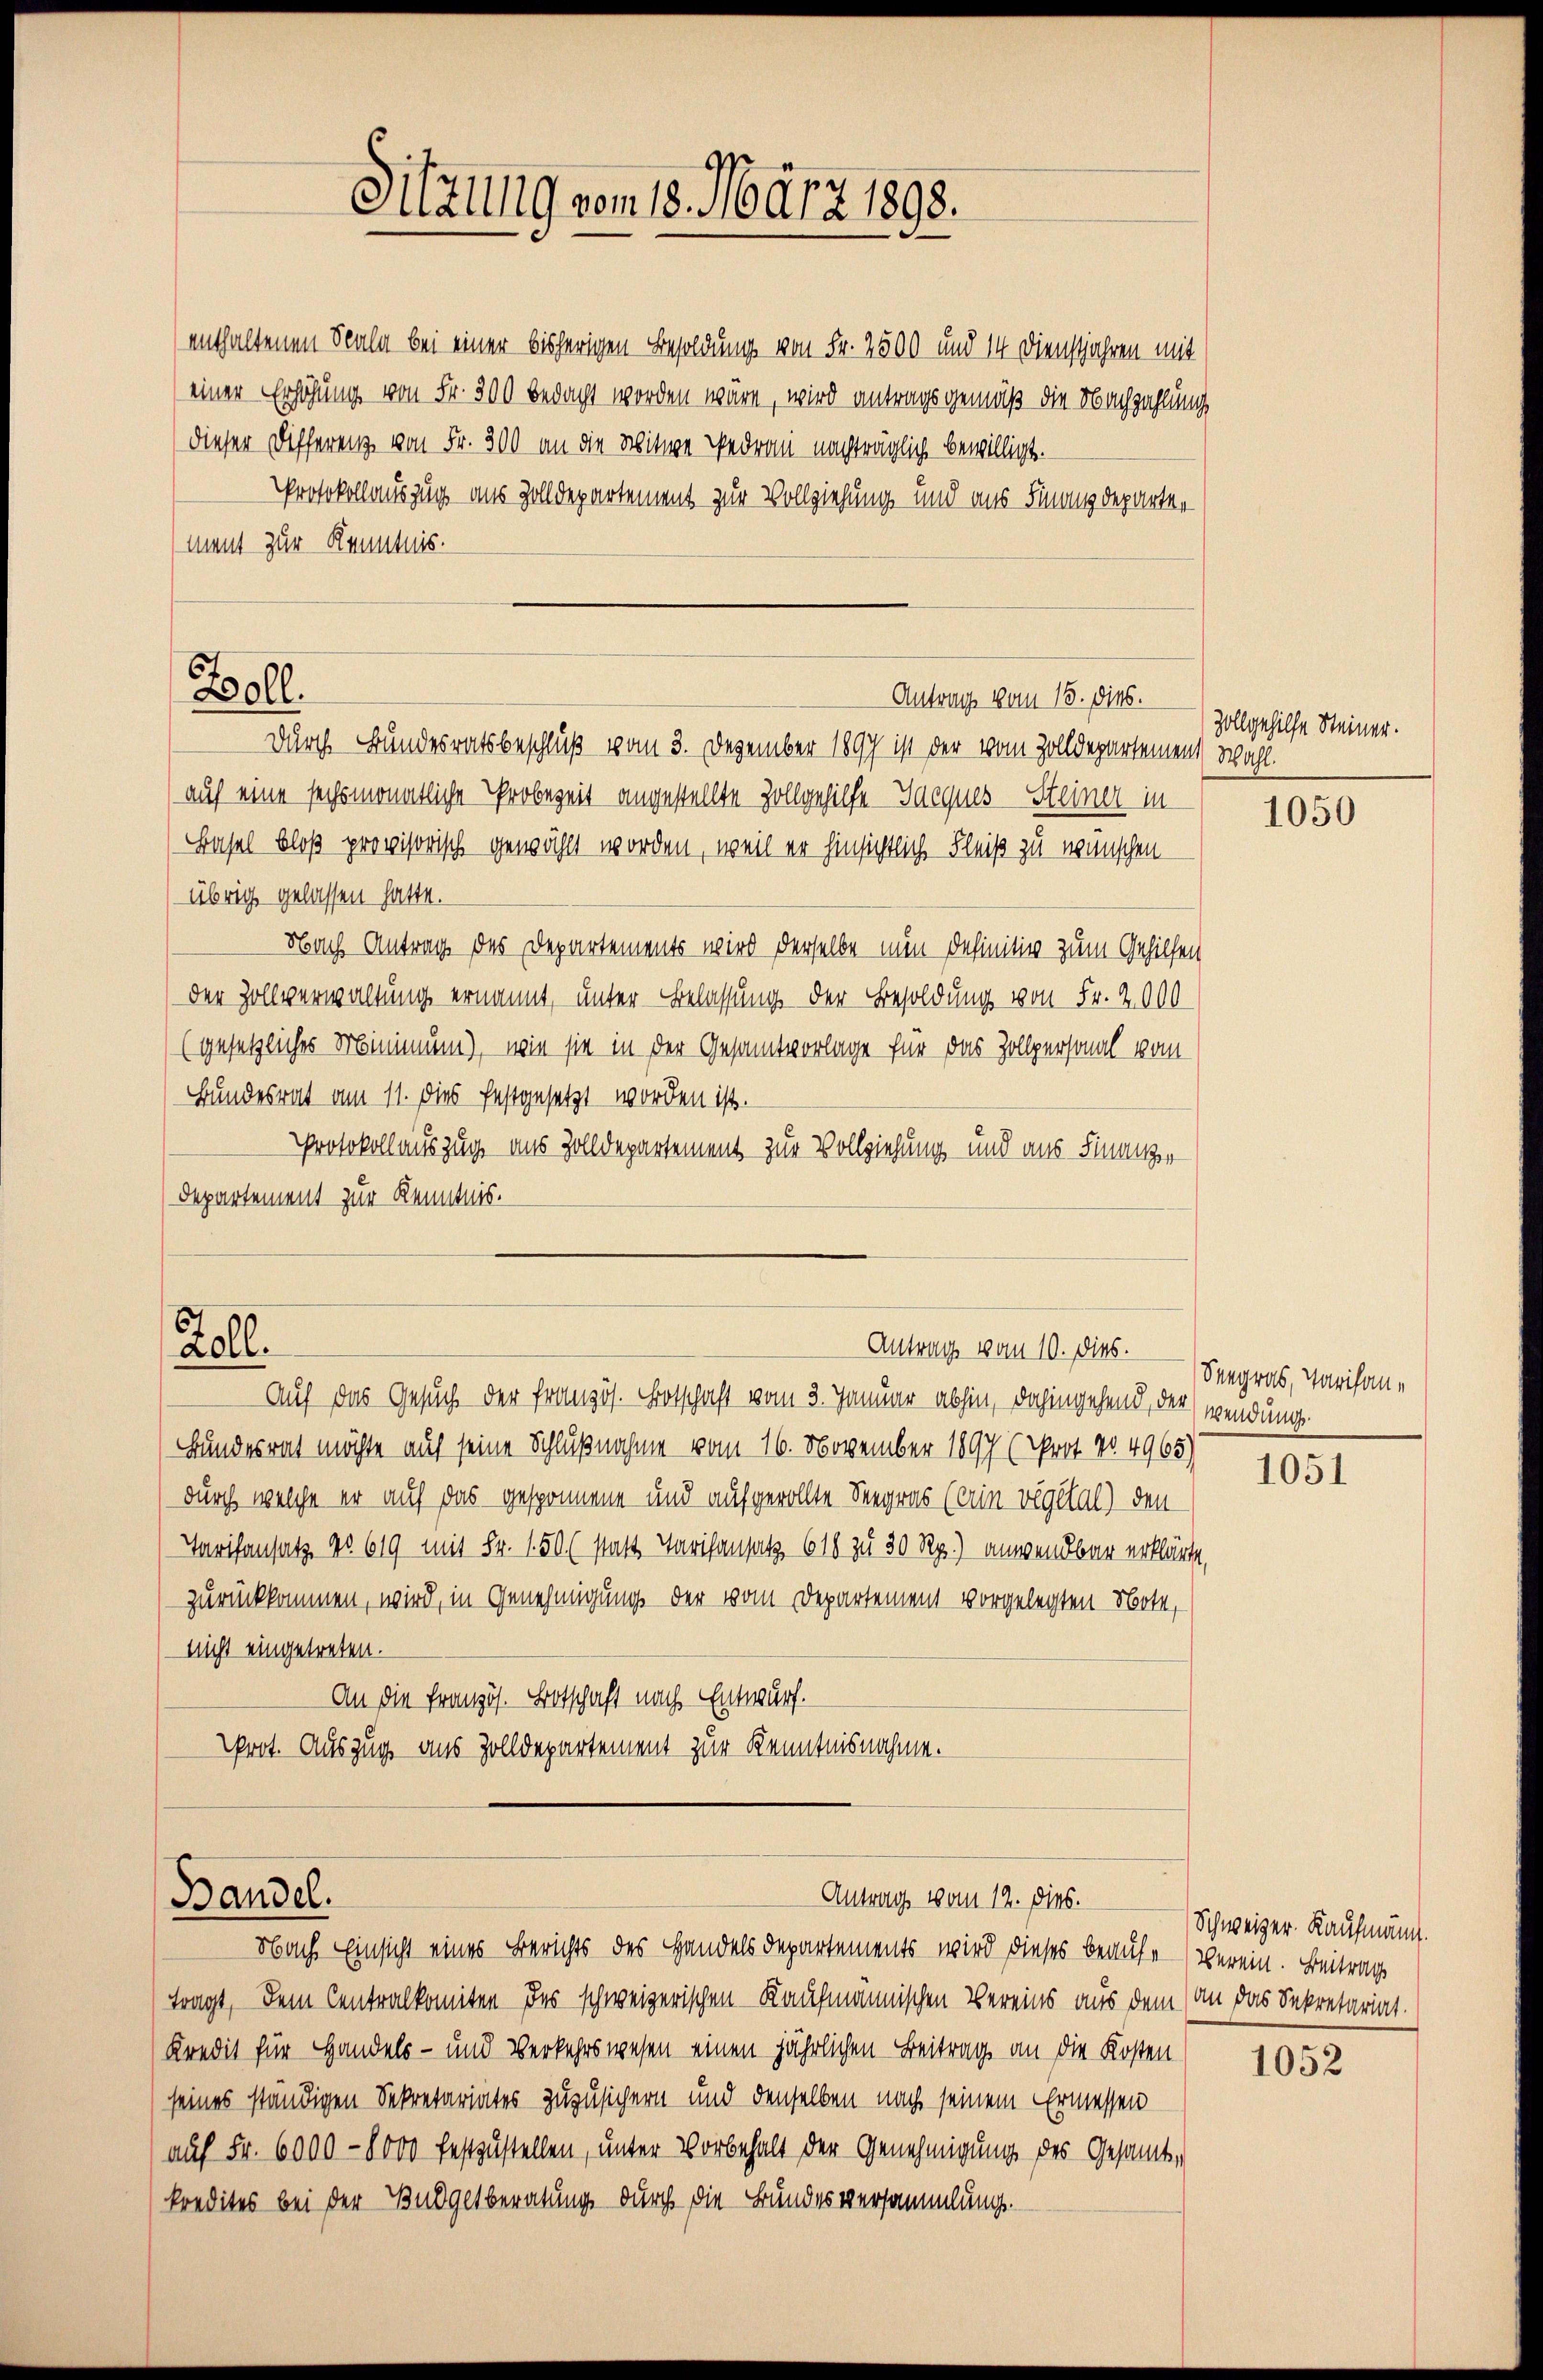
enthaltenen Scala bei einer bisherigen Besoldung von Fr. 2500 und 14 Dienstjahren mit
einer Erhöhung von Fr. 300 bedacht worden wäre, wird antragsgemäß die Nachzahlung
dieser Differenz von Fr. 300 an die Witwe Bedran nachträglich bewilligt.
Protokollauszug aus Zolldepartement zur Vollziehung und aus Finanzdeparter
ment zur Kenntnis.

Zoll.

Sitzung vom 18. März 1893.

Durch Bundesratsbeschluß vom 3. Dezember 1897 ist der vom Zolldepartement Wahl.
(auf eine sechsmonatliche Probezeit angestellte Zollgehilfe - Jacques-Steiner in
Basel bloß provisorisch gewählt worden, weil er hinsichtlich Fleiß zu wünschen
Übrig gelassen hatte.
Nach Antrag des Departements wird derselbe nun definitiv zum Gehilfen
der Zollverwaltung ernannt, unter Belassung der Besoldung von Fr. 2000
(gesetzliches Minimung), wie sie in der Gesamtvorlage für das Zollpersonal vom
Bundesrat am 11. dies festgesetzt worden ist.
Protokollauszug aus Zolldepartement zur Vollziehung und aus Finanzen
Departement zur Kenntnis.
Zoll.
Antrag vom 10. ds. — Seegras, Parisan¬
Auf das Gesuch der französ. Botschaft vom 3. Januar abhin, dahingehend, der (wendung
Bundesrath möchte auf seine Schlußnahme vom 16. November 1897 (Prot. No. 4965)
durch welche er auf das gesponnene und aufgewollte Seegras (ein vegetal) den
Tarifensatz No. 619 mit Fr. 150 (statt Parisansatz. 618 zu 30 Rp.) anwendbar erklärte,
zurückkommen, wird, in Genehmigung der vom Departement vorgelegten Note,
nicht eingetreten.
An die Französ. Botschaft nach Entwurf.
Prot. Auszug aus Zolldepartement zur Kenntnisnahme.

Antrag vom 16. dies.

Antrag vom 12. Dies.
Bandel.
Nach Einsicht eines Berichts des Handels Departements wird dieses beaufe verein. Beitrag

tragt, dem Centralkomiten des schweizerischen Kaufmännischen Vereins aus dem an das Sekretariat.
Kredit für Handels- und Verkehrswesen einen jährlichen Beitrag an die Kosten
seines ständigen Sekretariates zuzusichern und denselben nach seinem Ermessen
auf Fr. 6000 - 8000 festzustellen, unter Vorbehalt der Genehmigung des Gesamt-
kredites bei der Budgetberatung durch die Bundesversammlung.

Zollgehilfe Steiner.

1050

1051

Schweizer Kaufmann.

1052